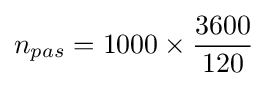
n_{pas}={1000}\times {\frac {3600}{120}}